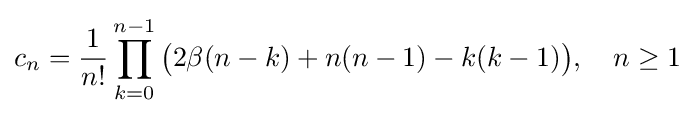
c_{n}={\frac {1}{n!}}\prod _{k=0}^{n-1}{\bigl (}2\beta (n-k)+n(n-1)-k(k-1){\bigr )},\quad n\geq 1